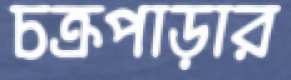
চক্রপাড়ার